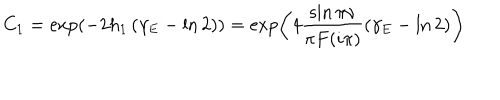
LaTeX: C _ { 1 } = \exp \left( - 2 h _ { 1 } \left( \gamma _ { E } - \ln 2 \right) \right) = \exp \left( 4 \frac { \sin \pi \nu } { \pi F ( i \pi ) } \left( \gamma _ { E } - \ln 2 \right) \right)